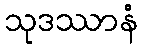
သုဒဿာနံ